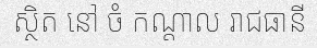
ស្ថិត នៅ ចំ កណ្តាល រាជធានី